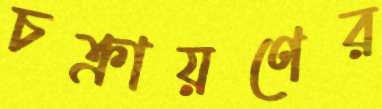
চক্রায়ণের